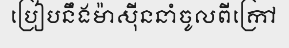
ប្រៀបនឹងម៉ាស៊ីននាំចូលពីក្រៅ